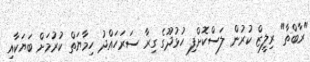
"ރާބްތާ" ރިލީޒް ކުރުން ލަސްކޮށްފި ހުޅުދޫގެ ގިރާ ސަރަހައްދު ހިމާޔަތް ކުރުމަށް ބަޔަކާއި